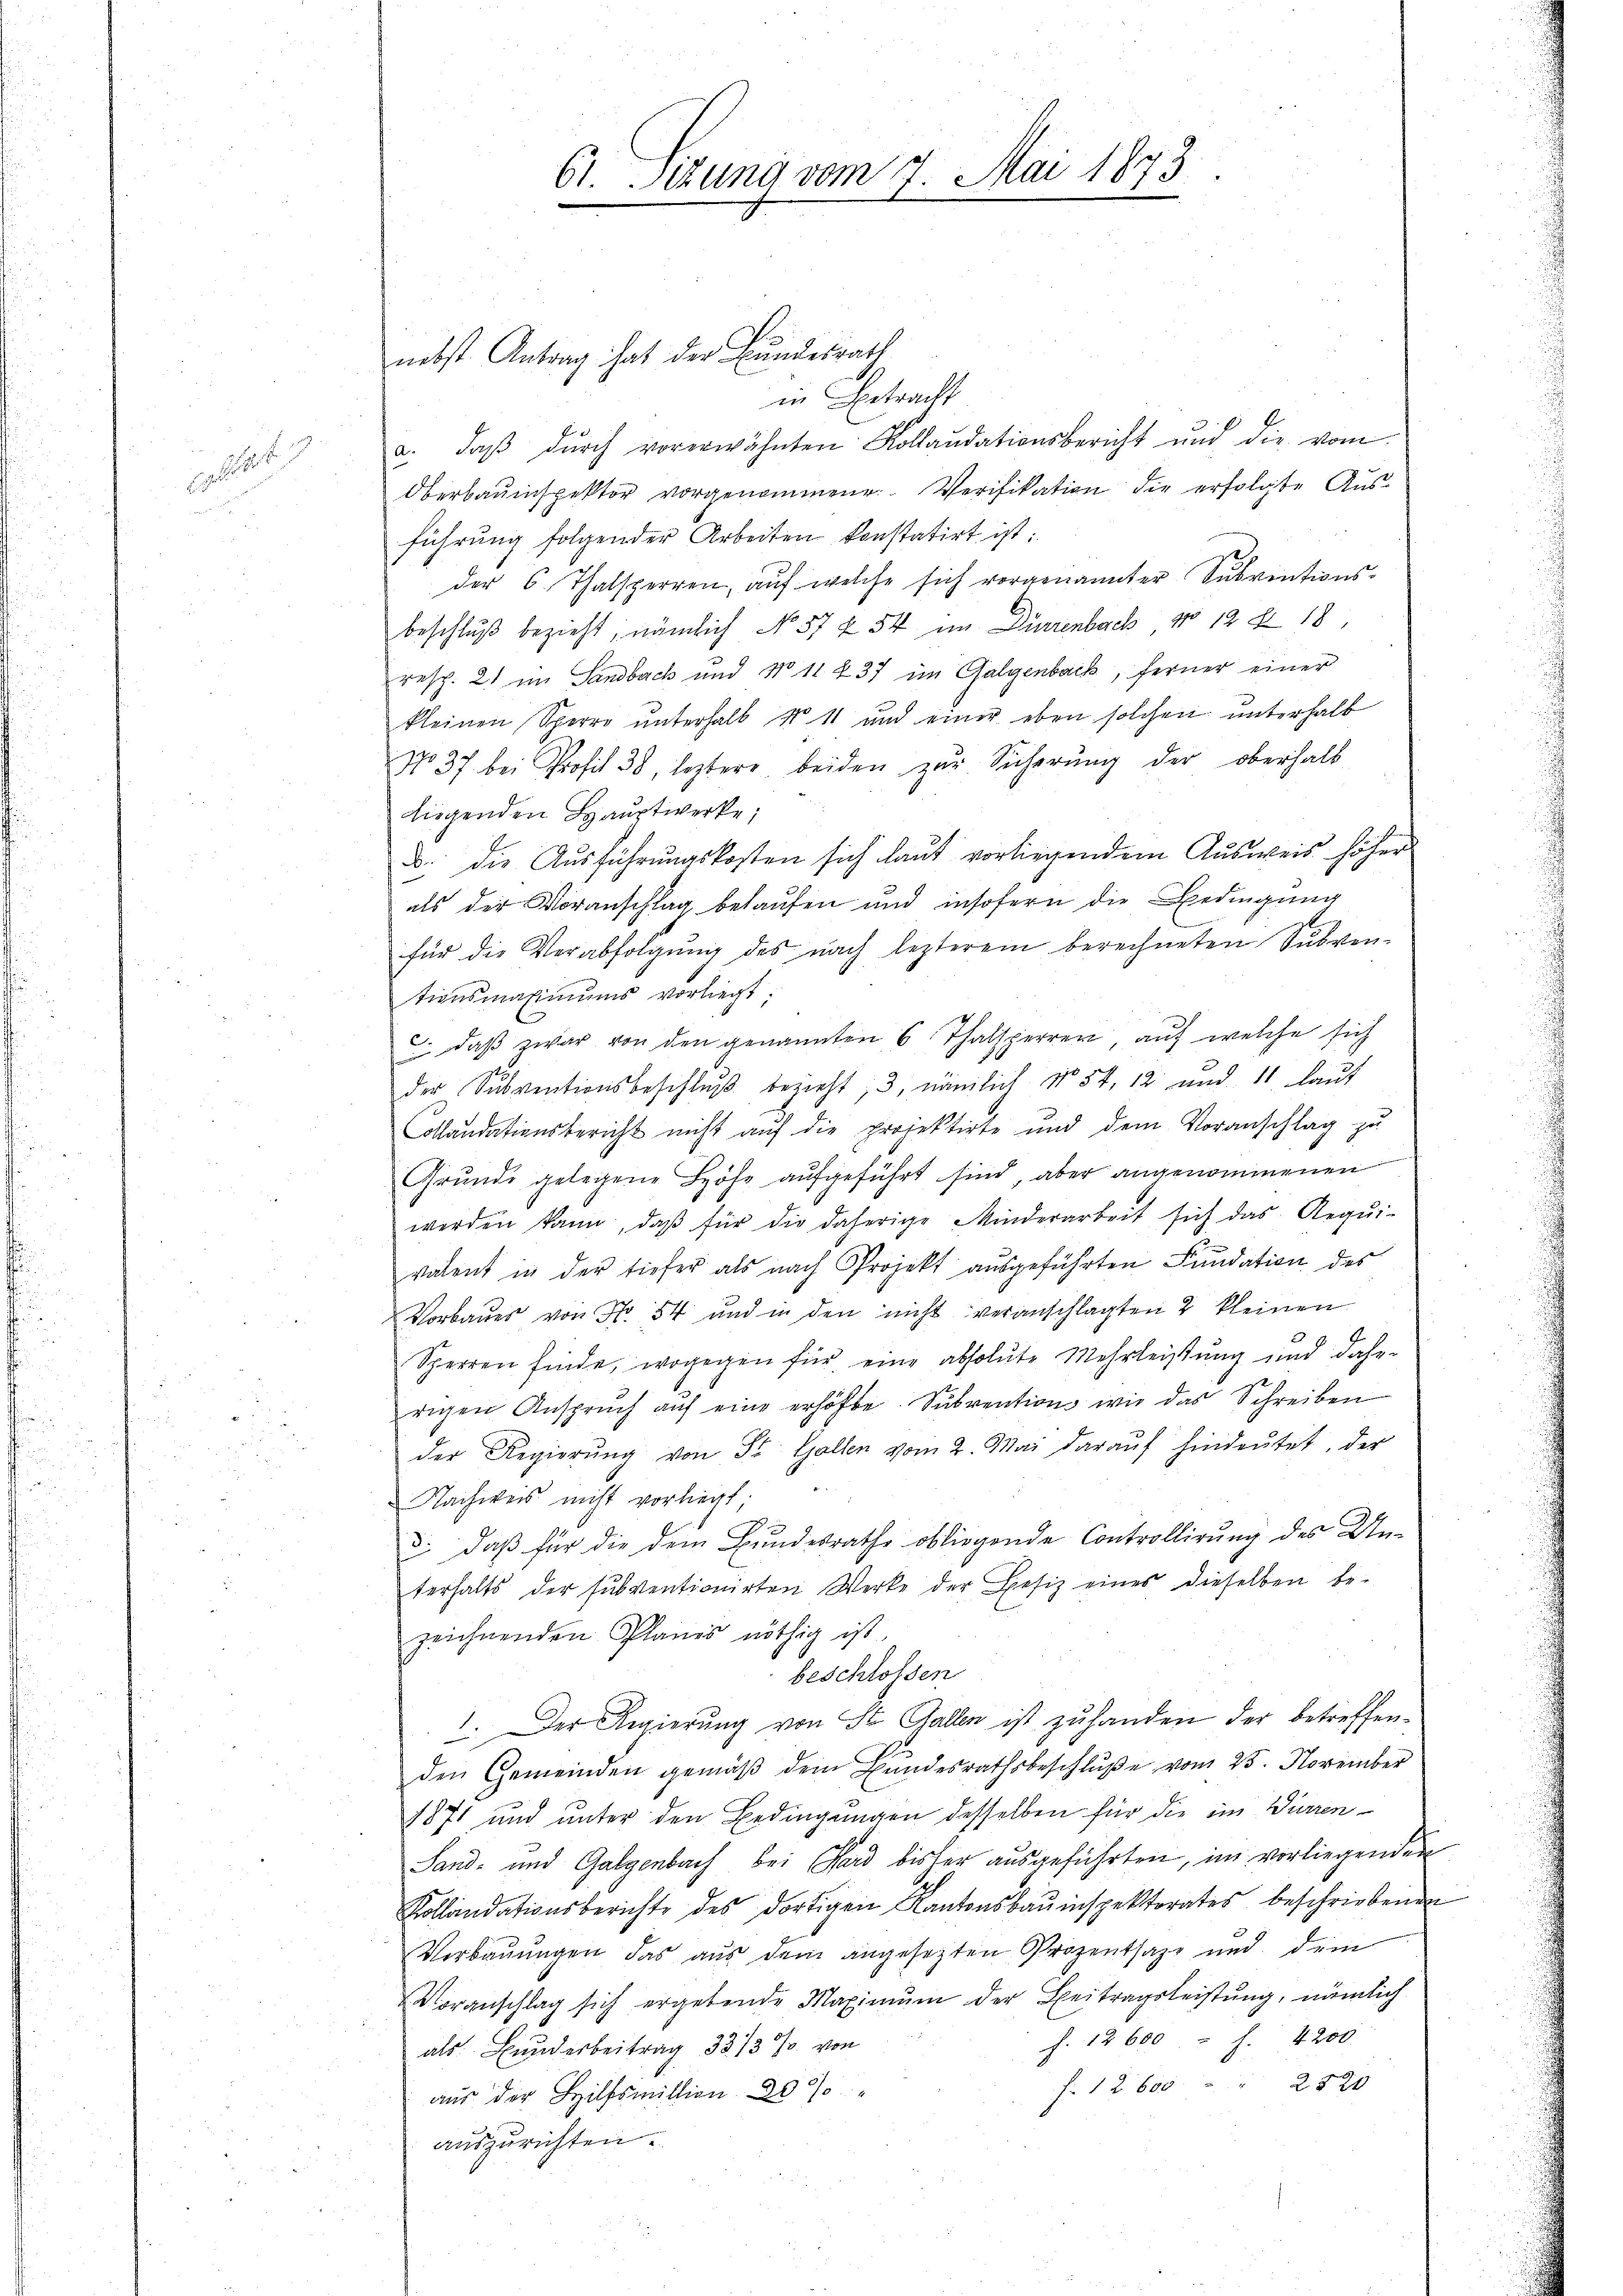
Geset

nebst Antrag hat der Bundesrath
in Betracht
a. daβ dŭrch vorerwähnten Kollaudationsbericht und die vom
Oberbauinspektor vorgenommene Verifikation die erfolgte Aŭs-
führung folgender Arbeiten konstatirt ist:
der 6. Thalsperren, auf welche sich vorgenannter Subventions-
beschlŭβ bezieht, nämlich No 57 x 54 im Dürrenbach, No 12 Z 18
resp. 21 im Sandbach und No 11 437 im Galgenback, ferner einer
kleinen Sperro unterhalb N. 11 und einer eben solchen unterhalb
No. 37. bei Profil 38, leztere beiden zur Sicherŭng der oberhalb
Liegenden Hauptwerke;
B. die Ausführungskosten sich laut vorliegendem Ausweis höher
als der Voranschlag belaufen und insofern die Bedingung
für die Verabfolgŭng des nach lezterem berechneten Subven-
tionsmaximums vorliegt:
c. daβ zwar von den genannten 6 Thalsperren aŭf welche sich
der Sŭbventionsbeschlŭβ bezieht, 3, nämlich No. 54, 12 und 11 laŭt
Collandationsbericht nicht auf die projektirte und dem Voranschlag zu
Grunde gelegene Höhe aufgeführt sind, aber angenommenen
werden kann, daβ für die daherige Minderarbeit sich das Requi-
valent in der tiefer als nach Projekt ausgeführten Fundation des
Vorbaues von No 54 und in den nicht veranschlagten 2 kleinen
Sperren finde, wogegen für eine absolute Mehrleistung und dahe
rigen Ansprŭch aŭf eine erhöhte Subvention wie das Schreiben
der Regierŭng von St. Gallen vom 2. Mai daraŭf hindeutet, der
Nachweis nicht vorliegt;
d., daß für die dem Bundesrathe obliegende Controllirung des Un-
terhalts der subventionirten Werke der Besiz eines dieselben be-
zeichnenden Planes nöthig ist.
beschlossen
1. Der Regierung von St. Gallen ist zu handen der betreffenden Gemeinden gemäβ dem Bŭndesrathsbeschlŭβe vom 25. November
1871 und unter den Bedingungen desselben für die im Würren¬
Sand- und Galgenbach bei Hard bisher aŭsgeführten, im vorliegenden
Kollandationsberichte des dortigen Kantonsbauinspektorates beschriebenen
Verbauungen das aus dem angesetzten Prozentsage und dem
Voranschlag sich ergebende Maximŭm der Beitragsleistŭng, nämlich
f. 12600 f. 4200.
als Bunderbeitrag 33/3 %. von
2520
f: 1 2 600
aus der Hilfsmittion 20 %
auszurichten.

61. Sitzung vom 7. Mai 1873.
7